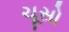
ચૂસો